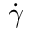
\dot { \gamma }